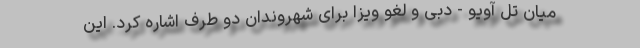
میان تل آویو - دبی و لغو ویزا برای شهروندان دو طرف اشاره کرد. این